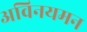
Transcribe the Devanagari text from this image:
अविनयमन